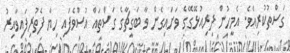
ގަސްތުކުރިއެވެ. އެމީހުން ދިރިއުޅޭގޭގެ ވަށައިގެން ވާ ބަގީޗާގެ ގަސްތައް އުސްވެފައި ހިޔާ ފެތުރިފައިވާއިރު